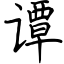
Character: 谭